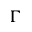
\Gamma